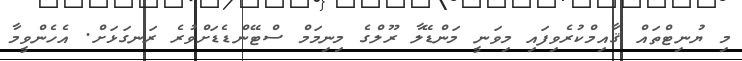
މި ޔުނިޓްތައް ޤާއިމްކުރެވިފައި މިވަނީ މަންޑޭލާ ރޫލްގެ މިނިމަމް ސްޓޭންޑެޑަށްވުރެ ރަނގަޅަށް. އެހެންވީމާ